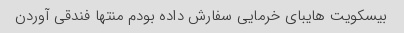
بیسکویت هایبای خرمایی سفارش داده بودم منتها فندقی آوردن